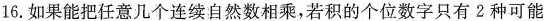
16.如果能把任意几个连续自然数相乘，若积的个位数字只有2种可能